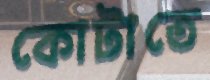
কোটাতে